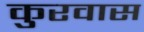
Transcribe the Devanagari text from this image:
कुरवास